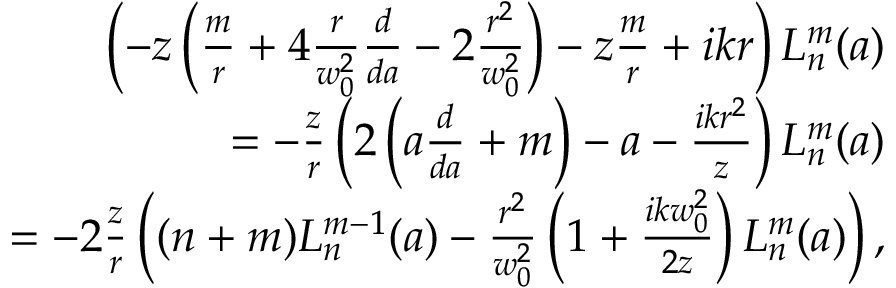
\begin{array} { r l r } & { } & { \left( - z \left( \frac { m } { r } + 4 \frac { r } { w _ { 0 } ^ { 2 } } \frac { d } { d a } - 2 \frac { r ^ { 2 } } { w _ { 0 } ^ { 2 } } \right) - z \frac { m } { r } + i k r \right) L _ { n } ^ { m } ( a ) } \\ & { } & { = - \frac { z } { r } \left( 2 \left( a \frac { d } { d a } + m \right) - a - \frac { i k r ^ { 2 } } { z } \right) L _ { n } ^ { m } ( a ) } \\ & { } & { = - 2 \frac { z } { r } \left( ( n + m ) L _ { n } ^ { m - 1 } ( a ) - \frac { r ^ { 2 } } { w _ { 0 } ^ { 2 } } \left( 1 + \frac { i k w _ { 0 } ^ { 2 } } { 2 z } \right) L _ { n } ^ { m } ( a ) \right) , } \end{array}